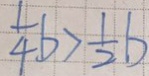
\frac { 1 } { 4 } b > \frac { 1 } { 2 } b